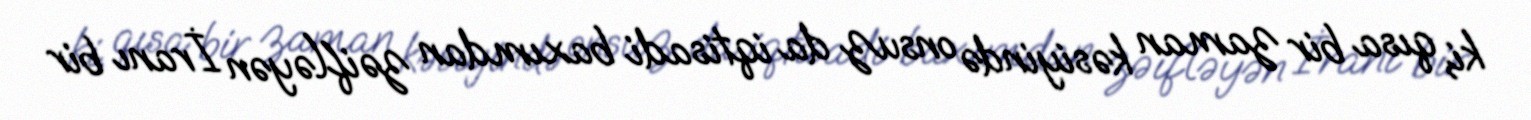
ki, qısa bir zaman kəsiyində onsuz da iqtisadi baxımdan zəifləyən İranı bir